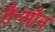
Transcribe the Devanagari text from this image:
रौन्सौन